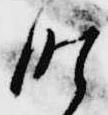
時